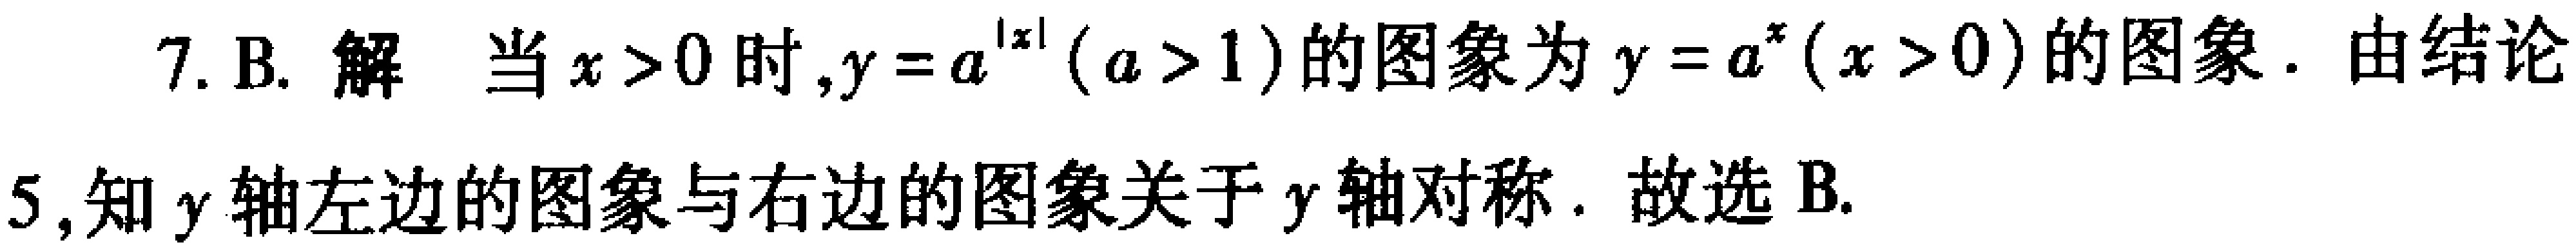
7. B. 解 当$x > 0$时,$y = a^{\vert x\vert}(a > 1)$的图象为$y = a^{x}(x > 0)$的图象. 由结论

5,知$y$轴左边的图象与右边的图象关于$y$轴对称. 故选 B.